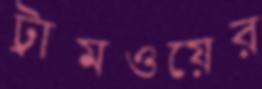
ট্রামওয়ের